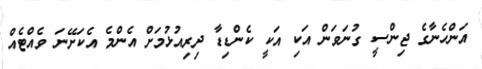
އަންހެނާގެ ޖިންސީ ގުނަވަން އަކި އަކީ ކެންޑިޑާ ދިރިއުޅުމަށް އެންމެ އެކަށޭނަ ވެއްޓެއް